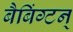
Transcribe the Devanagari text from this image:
बैबिंग्टन्